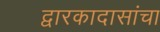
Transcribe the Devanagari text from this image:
द्वारकादासांचा